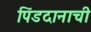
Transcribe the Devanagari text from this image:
पिंडदानाची